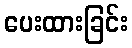
ပေးထားခြင်း